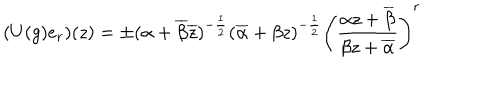
LaTeX: ( U ( g ) e _ { r } ) ( z ) = \pm ( \alpha + \overline { { { \beta } } } \overline { { { z } } } ) ^ { - \frac { 1 } { 2 } } ( \overline { { { \alpha } } } + \beta z ) ^ { - \frac { 1 } { 2 } } \left( \frac { \alpha z + \overline { { { \beta } } } } { \beta z + \overline { { { \alpha } } } } \right) ^ { r }